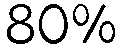
80%